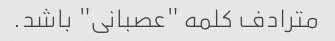
مترادف کلمه "عصبانی" باشد.